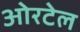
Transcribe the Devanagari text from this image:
ओरटेल